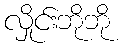
လှိုင်းဘိုဘို